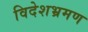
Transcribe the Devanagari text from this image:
विदेशभ्रमण